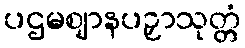
ပဌမဈာနပဉှာသုတ္တံ